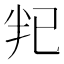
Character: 𫧟